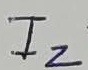
Text: I2